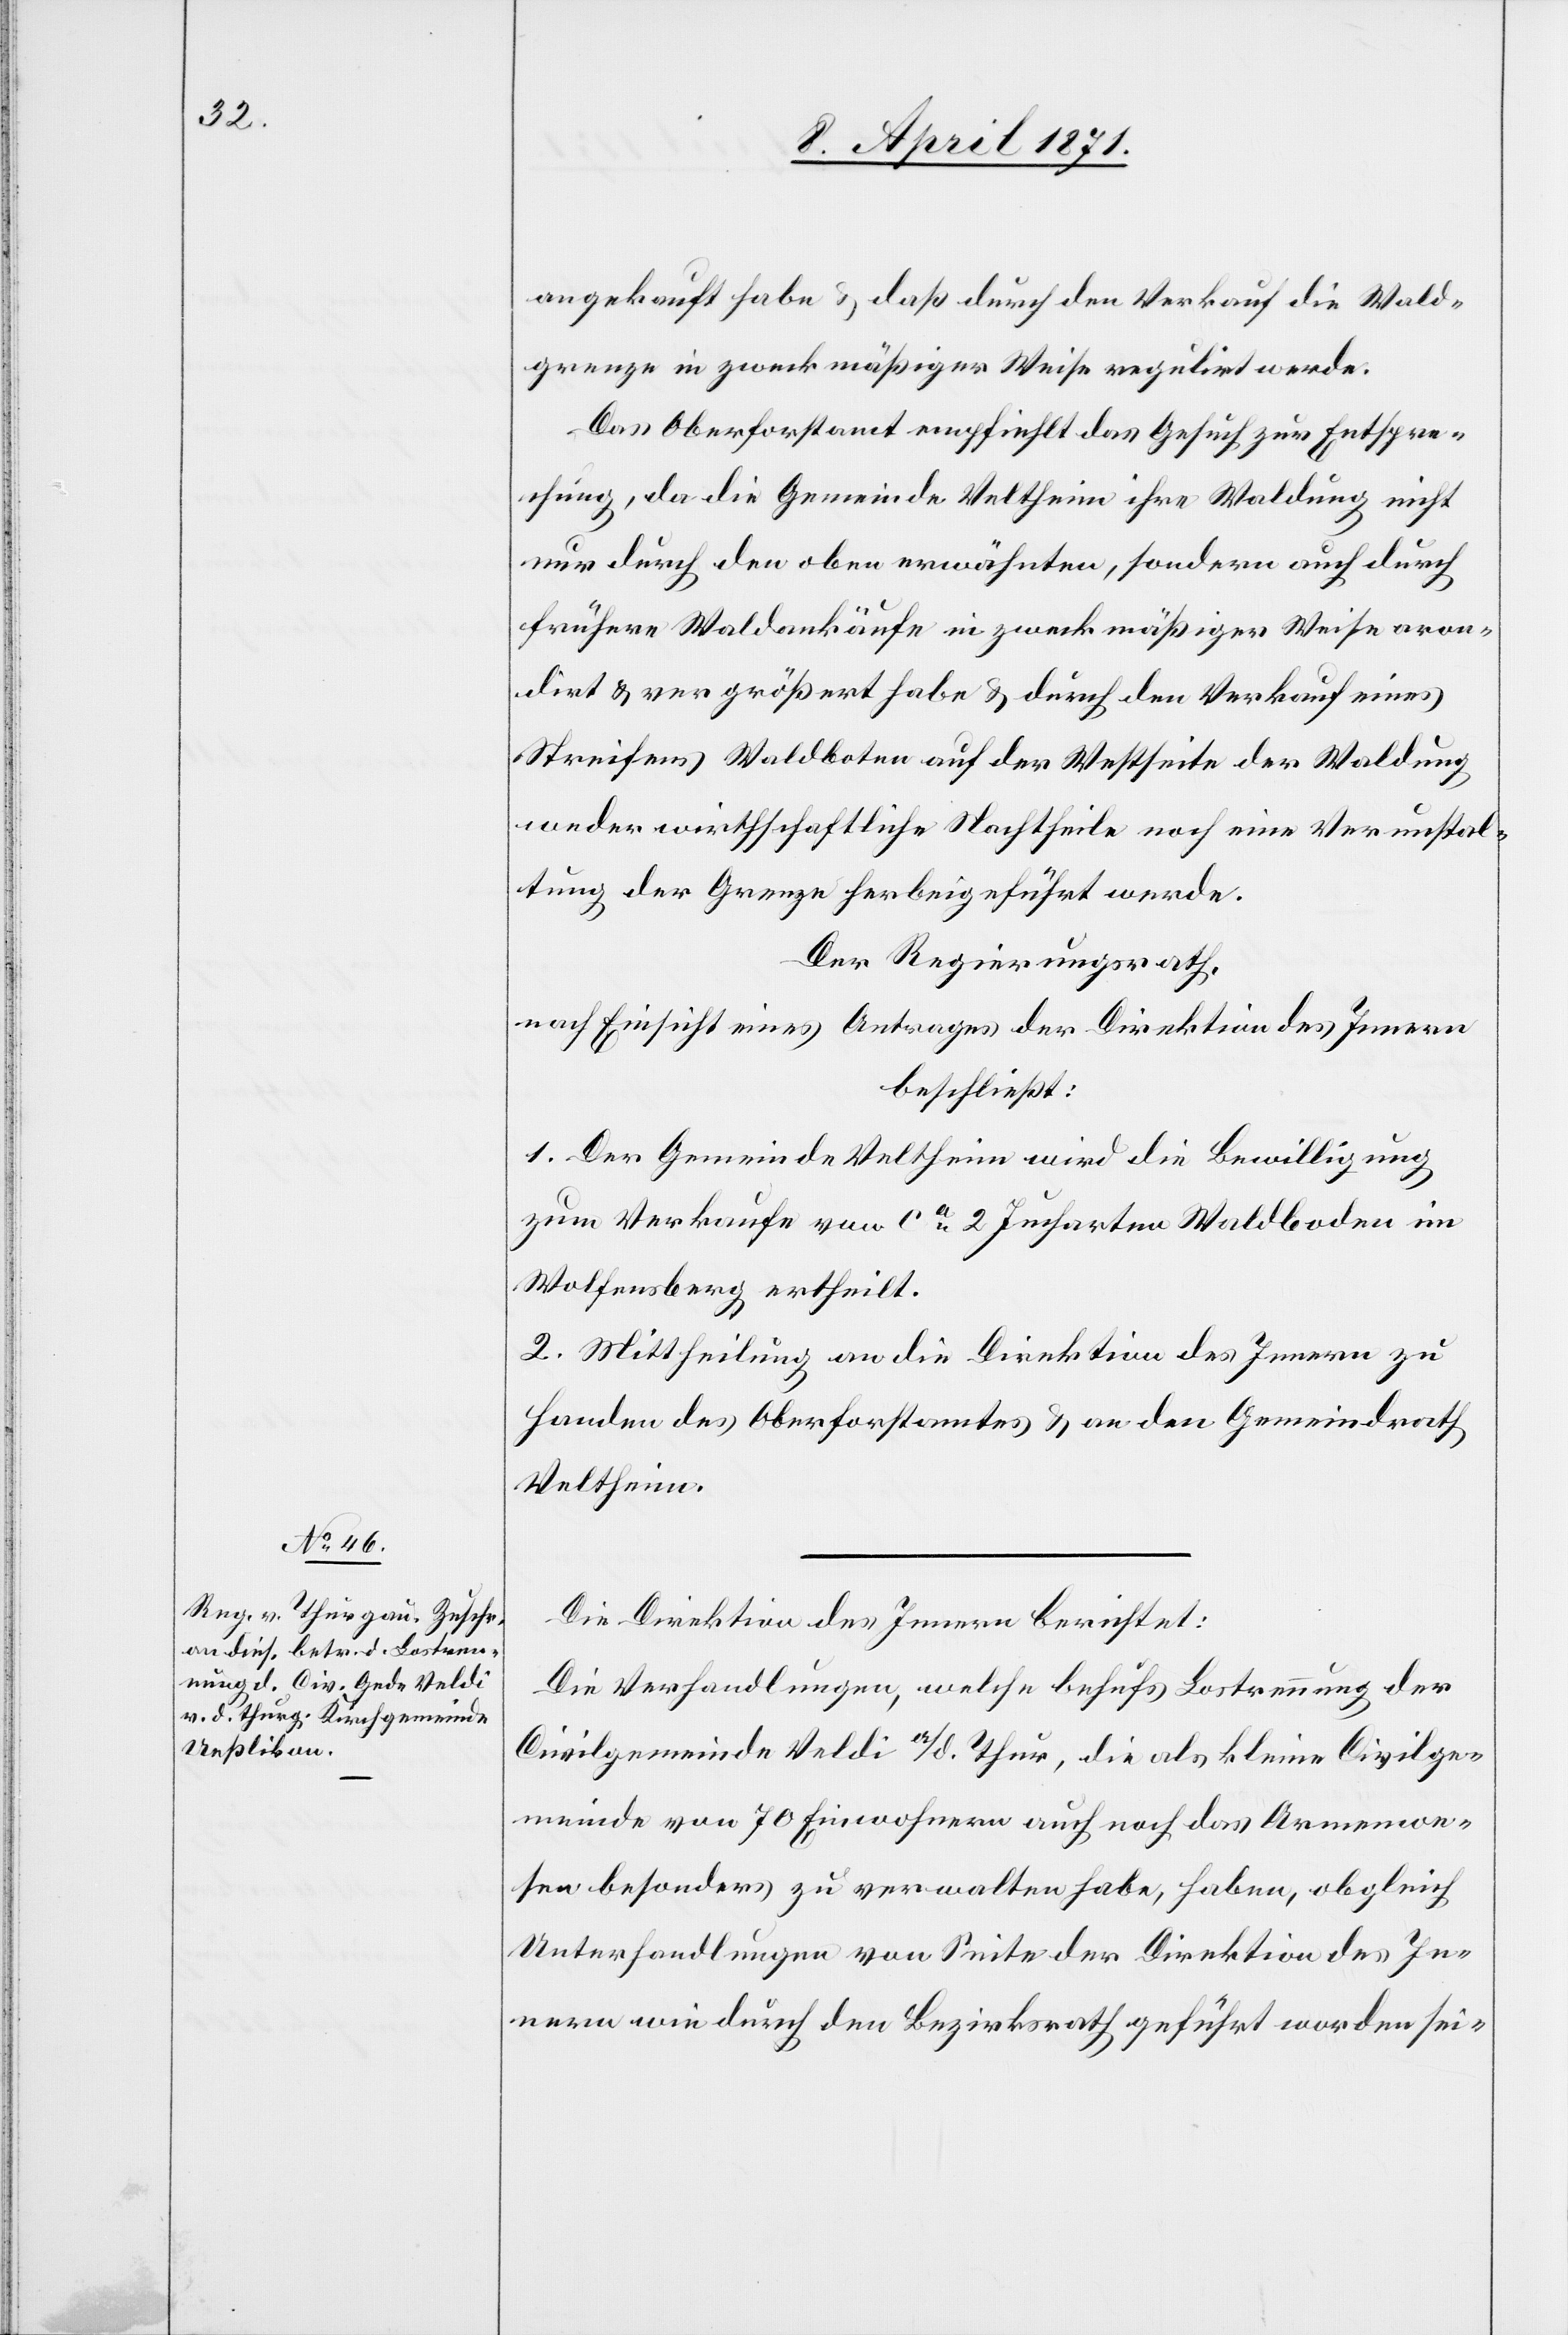
angekauft habe u. daß durch den Verkauf die Wald¬
grenze in zweckmäßiger Weise regulirt werde.
Das Oberforstamt empfiehlt das Gesuch zur Entspre¬
chung, da die Gemeinde Veltheim ihre Waldung nicht
nur durch den oben erwähnten, sondern auch durch
frühere Waldankäufe in zweckmäßiger Weise aron¬
dirt u. vergrößert habe u. durch den Verkauf eines
Streifens Waldboten [sic!] auf der Westseite der Waldung
weder wirthschaftliche Nachtheile noch eine Verunstal¬
tung der Grenze herbeigeführt werde.
Der Regierungsrath,
nach Einsicht eines Antrages der Direktion des Innern,
beschließt:
1. Der Gemeinde Veltheim wird die Bewilligung
zum Verkaufe von ca. 2 Jucharten Waldboden im
Wolfensberg ertheilt.
2. Mittheilung an die Direktion des Innern zu
Handen des Oberforstamtes u. an den Gemeindrath
Veltheim.
Die Direktion des Innern berichtet:
Die Verhandlungen, welche behufs Lostrennung der
Civilgemeinde Veldi a/d. Thur, die als kleine Civilge¬
meinde von 70 Einwohnern auch noch das Armenwe¬
sen besonders zu verwalten habe, haben, obgleich
Unterhandlungen von Seite der Direktion des In¬
nern wie durch den Bezirksrath geführt worden sei-